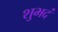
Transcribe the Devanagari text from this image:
शुभदं